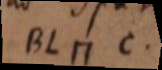
BL ⊓ c.